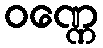
ဝဏ္ဏေ